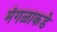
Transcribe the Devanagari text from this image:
मंगळाकडे